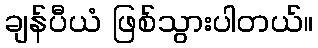
ချန်ပီယံ ဖြစ်သွားပါတယ်။